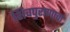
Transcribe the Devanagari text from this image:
शिवपुराणाचा